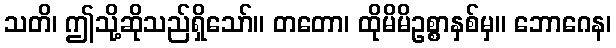
သတိ၊ ဤသို့ဆိုသည်ရှိသော်။ တတော၊ ထိုမိမိဥစ္စာနှစ်မှ။ ဘောဂေန၊